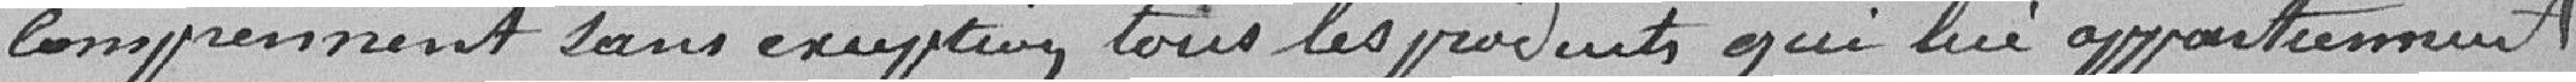
comprennent sans exception tous les produits qui lui appartiennent